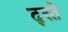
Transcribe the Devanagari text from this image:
द्स्ते